Vaccination in Bombay 1869-1873 - 1869-1873
Year: 1869
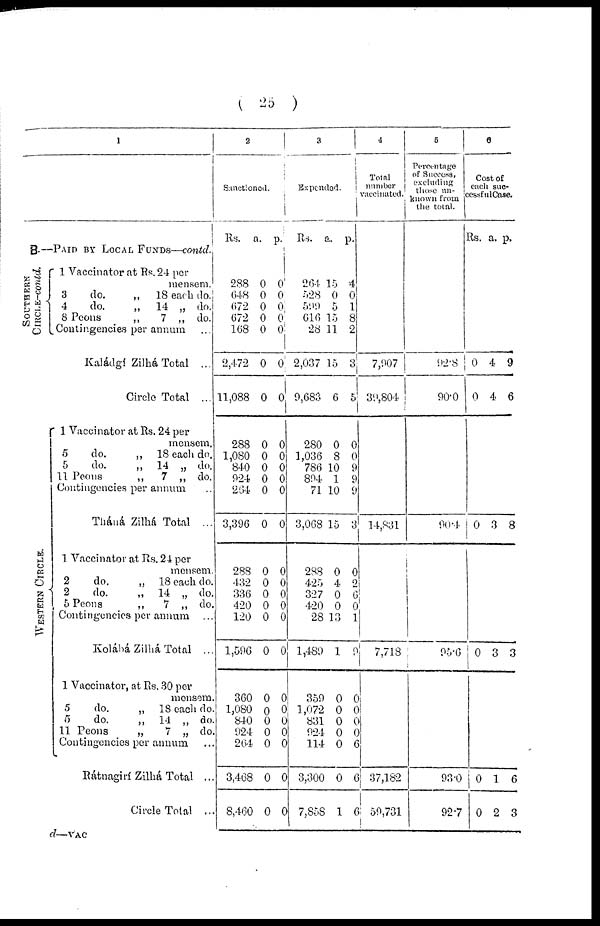
( 25 )
1
B. —PAID BY LOCAL FUNDS—contd.
SOUTHERN
CIRCLE—contd.
WESTERN CIRCLE.
1 Vaccinator at Rs. 24 per
mensem.
3
do.
„ 18 each do.
4
do.
„ 14 „ do.
8 Peons
„
7 „ do.
Contingencies per annum ...
Kaládgí Zilhá Total ...
Circle Total ...
1 Vaccinator at Rs. 24 per
mensem.
5
do.
„ 18 each do.
5
do.
„ 14 „ do.
11 Peons
„
7 „ do.
Contingencies per annum ..
Tháná Zilhá Total ...
1 Vaccinator at Rs. 24 per
mensem.
2
do.
„ 18 each do.
2
do.
„ 14 „ do.
5 Peons
„
7 „ do.
Contingencies per annum ...
Kolábá Zilhá Total ...
1 Vaccinator, at Rs. 30 per
mensem.
5
do.
„ 18 each do.
5
do.
„ 14 „ do.
11 Peons
„
7 „ do.
Contingencies per annum ...
Rátnagirí Zilhá Total ...
Circle Total ...
2
Sanctioned.
Rs.
a. p.
288
648
672
672
168
2,472
11,088
288
1,080
840
924
264
3,396
288
432
336
420
120
1,596
360
1,080
840
924
264
3,468
8,460
0
0
0
0
0
0
0
0
0
0
0
0
0
0
0
0
0
0
0
0
0
0
0
0
0
0
0
0
0
0
0
0
0
0
0
0
0
0
0
0
0
0
0
0
0
0
0
0
0
0
0
0
3
Expended.
Rs. a. p.
264
528
599
616
28
2,037
0,683
280
1,036
786
894
71
3,068
288
425
327
420
28
1,480
359
1,072
831
924
114
3,300
7,858
15
0
5
15
11
15
6
0
8
10
1
10
15
0
4
0
0
13
1
0
0
0
0
0
0
1
4
0
1
8
2
3
5
0
0
9
9
9
3
0
2
6
0
1
9
0
0
0
0
6
6
6
4
Total
number
vaccinated.
7,907
39,804
14,831
7,718
37,182
59,731
5
Percentage
of Success,
excluding
those un¬
known from
the total.
92.8
90.0
90.4
95.6
93.0
92.7
6
Cost of
each suc¬
cessful Case.
Rs. a. p.
0
0
4
4
9
6
0 3 8
0 3 3
0
0
1
2
6
3
d—VAC